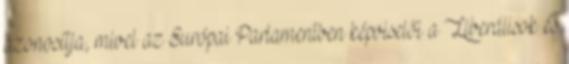
azonosítja, mivel az Európai Parlamentben képviselői a Liberálisok és